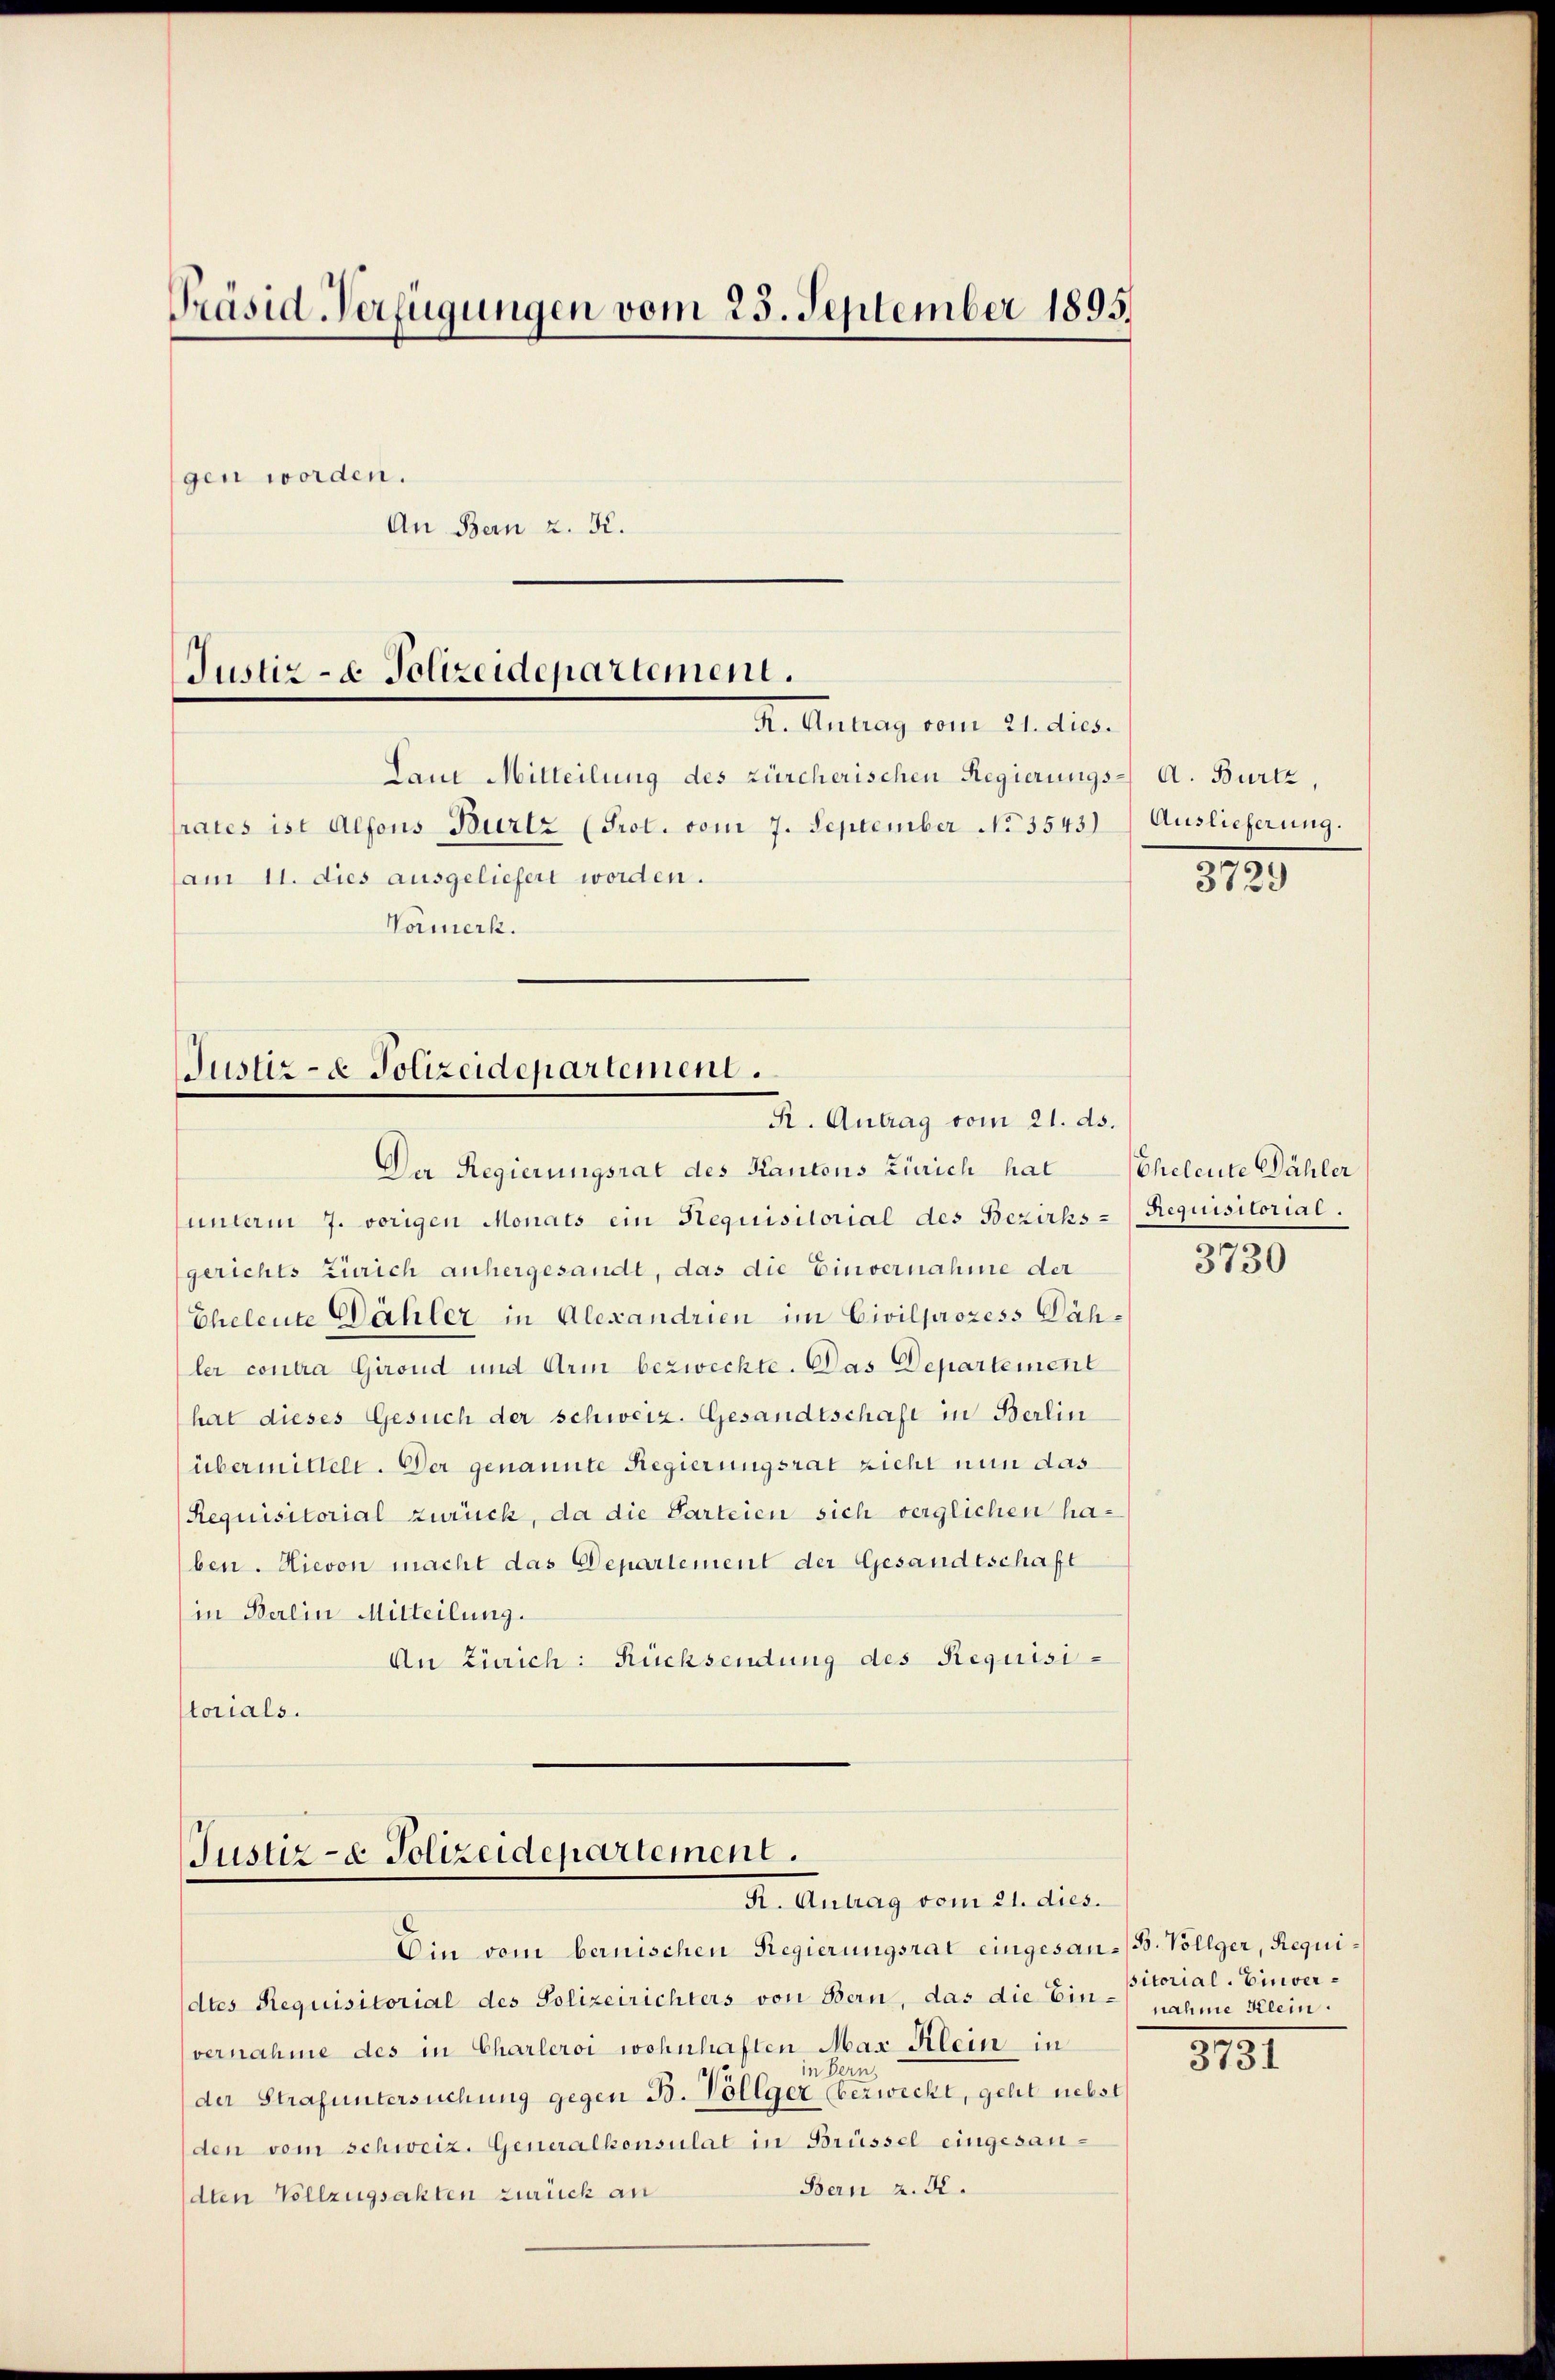
Präsid-Verfügungen vom 25. September 1895.
gen worden.
An Bern z. K.

Justiz- & Polizeidepartement.
R. Antrag vom 21. dies
Laut Mitteilung des zürcherischen Regierungs- A. Burtz,
rates ist Alfons Burtz (Prot. vom 7. September No 3543)
am 11. dies ausgeliefert worden.
Vormerk.

Justiz- & Polizeidepartement.
K. Antrag vom 21. ds.

Der Regierungsrat des Kantons Zürich hat

Justiz- & Polizeidepartement.
R. Antrag vom 21. dies.

unterm 7. vorigen Monats ein Requisitorial des Bezirks-Requisitorial.
gerichts Zürich anhergesandt, das die Einvernahme der
Eheleute Dähler in Alexandrien im Civilprozess Dähler contra Girend und Arm bezweckte. Das Departement
hat dieses Gesuch der schweiz. Gesandtschaft in Berlin
übermittelt. Der genannte Regierungsrat zieht nun das
Requisitorial zurück, da die Parteien sich verglichen haben. Hievon macht das Departement der Gesandtschaft
in Berlin Mitteilung.
An Zürich: Rücksendung des Requisistorials.

Ein vom bernischen Regierungsrat eingesan-B. Vollger, Requidtes Requisitorial des Polizeirichters von Bern, das die Einnahme Klein
vernahme des in Charleroi wohnhaften Max Klein in
in Be
der Strafuntersuchung gegen B. Vollger bezweckt, geht nebst
(den vom schweiz. Generalkonsulat in Brüssel eingesan¬
Bern z. R.
dten Vollzugsahten zurück an

Auslieferung.

3729

Eheleute Dähler

3730

sitorial. Einver¬

.
373